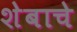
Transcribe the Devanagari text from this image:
शेबाचे